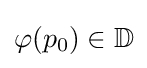
\varphi (p_{0})\in \mathbb {D}